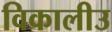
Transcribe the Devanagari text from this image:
विकालीउ